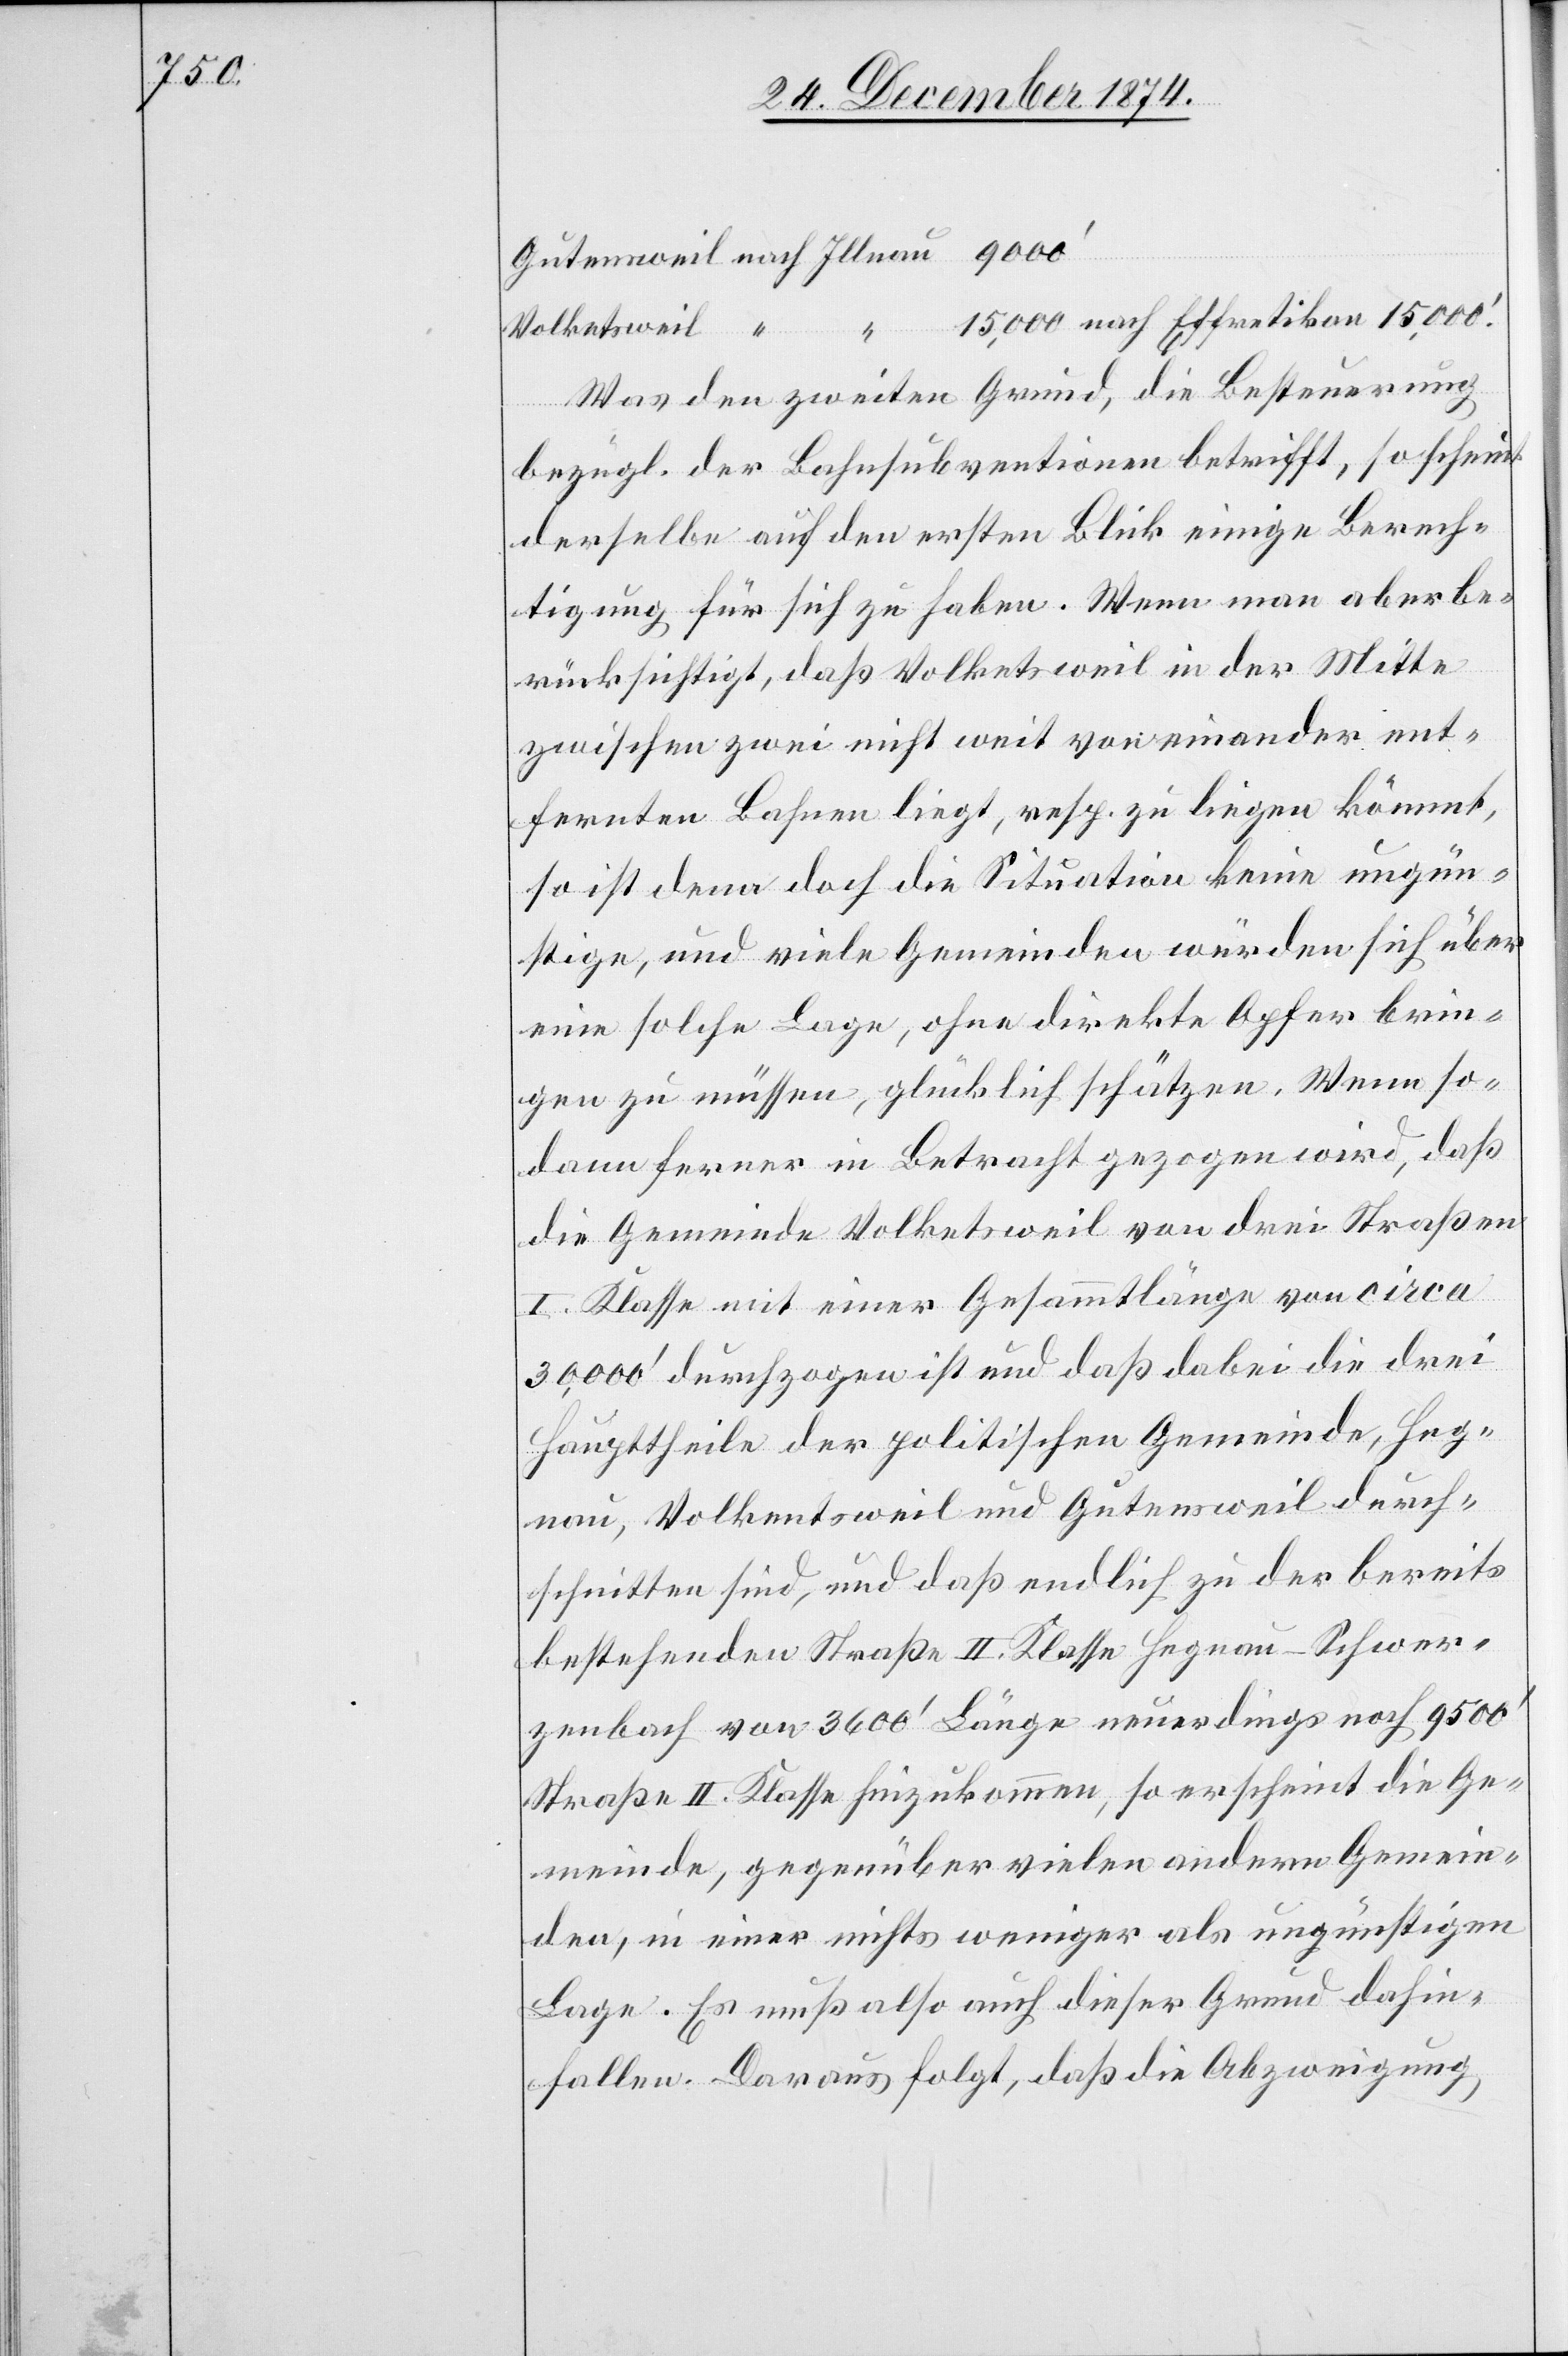
Was den zweiten Grund, die Besteuerung
bezügl. der Bahnsubventionen betrifft, so scheint
derselbe auf den ersten Blick einige Berech¬
tigung für sich zu haben. Wenn man aber be¬
rücksichtigt, daß Volketsweil in der Mitte
zwischen zwei nicht weit voneinander ent¬
fernten Bahnen liegt, resp. zu liegen kömmt,
so ist denn doch die Situation keine ungün¬
stige, und viele Gemeinden würden sich über
eine solche Lage, ohne direkte Opfer brin¬
gen zu müssen, glücklich schätzen. Wenn so¬
dann ferner in Betracht gezogen wird, daß
die Gemeinde Volketsweil von drei Straßen
I. Klasse mit einer Gesammtlänge von circa
30,000‘ durchzogen ist und daß dabei die drei
Haupttheile der politischen Gemeinde, Heg¬
nau, Volkentsweil [sic!] und Gutensweil durch¬
schnitten sind, und daß endlich zu der bereits
bestehenden Straße II. Klasse Hegnau–Schwer¬
zenbach von 3600‘ Länge neuerdings noch 9500‘
Straße II. Klasse hinzukommen, so erscheint die Ge¬
meinde, gegenüber vielen andern Gemein¬
den, in einer nichts weniger als ungünstigen
Lage. Es muß also auch dieser Grund dahin¬
fallen. Daraus folgt, daß die Abzweigung